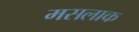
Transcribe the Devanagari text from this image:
मसलाक